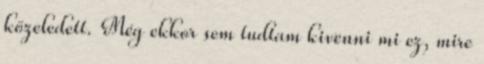
közeledett. Még ekkor sem tudtam kivenni mi ez, mire